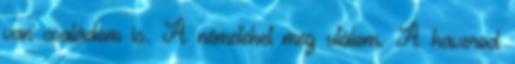
van családom is. A németeket meg utálom. A haverod